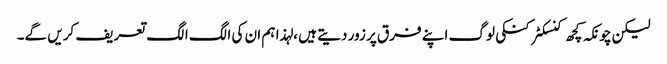
لیکن چونکہ کچھ کنسکٹر کنکی لوگ اپنے فرق پر زور دیتے ہیں ، لہذا ہم ان کی الگ الگ تعریف کریں گے۔